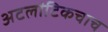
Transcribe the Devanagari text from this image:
अटलांटिकचाच